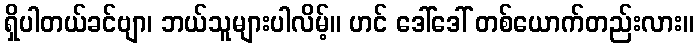
ရှိပါတယ်ခင်ဗျာ၊ ဘယ်သူများပါလိမ့်။ ဟင် ဒေါ်ဒေါ် တစ်ယောက်တည်းလား။